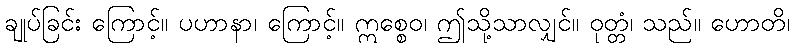
ချုပ်ခြင်း ကြောင့်။ ပဟာနာ၊ ကြောင့်။ ဣစ္စေဝ၊ ဤသို့သာလျှင်။ ဝုတ္တံ၊ သည်။ ဟောတိ၊